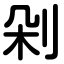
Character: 剁